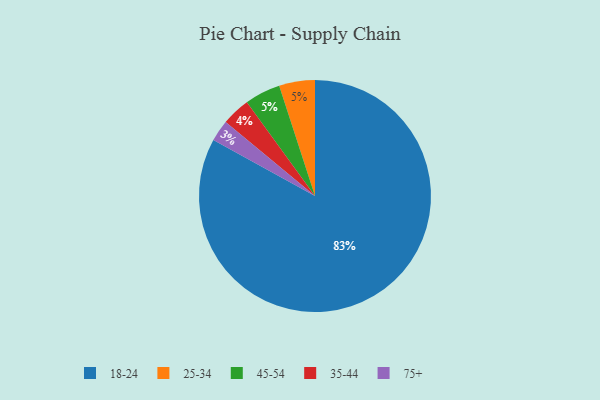
{"axis": {"x": "Category", "y": "Percentage"}, "legend": ["18-24", "25-34", "35-44", "45-54", "75+"], "data": [{"x": "35-44", "y": 4, "type": "35-44"}, {"x": "18-24", "y": 83, "type": "18-24"}, {"x": "25-34", "y": 5, "type": "25-34"}, {"x": "45-54", "y": 5, "type": "45-54"}, {"x": "75+", "y": 3, "type": "75+"}]}